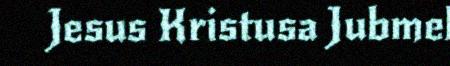
Jesus Kristusa Jubmel